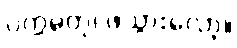
ပက္ကမတု၊ ဖဲသွားလော့။